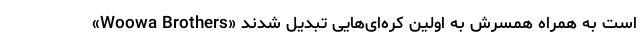
«Woowa Brothers» است به همراه همسرش به اولین کره‌ای‌هایی تبدیل شدند